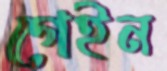
গেইন